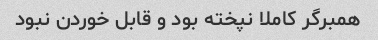
همبرگر کاملا نپخته بود و قابل خوردن نبود